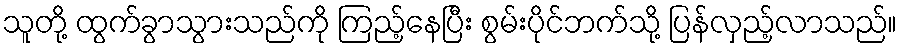
သူတို့ ထွက်ခွာသွားသည်ကို ကြည့်နေပြီး စွမ်းပိုင်ဘက်သို့ ပြန်လှည့်လာသည်။